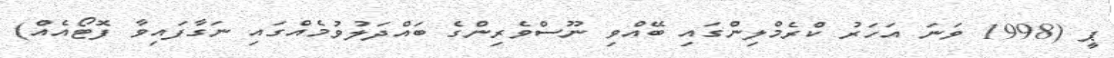
ޕީ (1998 ވަނަ އަހަރު ކްރެމްލިންގައި ބޭއްވި ނޫސްވެރިންގެ ބައްދަލުވުމެއްގައި ނަގާފައިވާ ފޮޓޯއެއް)